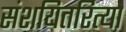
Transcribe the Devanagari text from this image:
संशयितरित्या